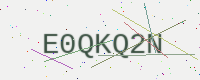
Text: E0QKQ2N